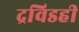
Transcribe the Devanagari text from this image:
द्रविडही